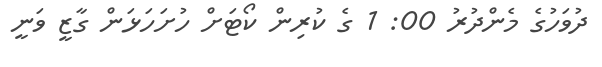
ދުވަހުގެ މެންދުރު 00: 1 ގެ ކުރިން ކޯޓަށް ހުށަހަޅަން ގާޒީ ވަނީ